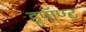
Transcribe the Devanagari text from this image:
डूपॉण्ट